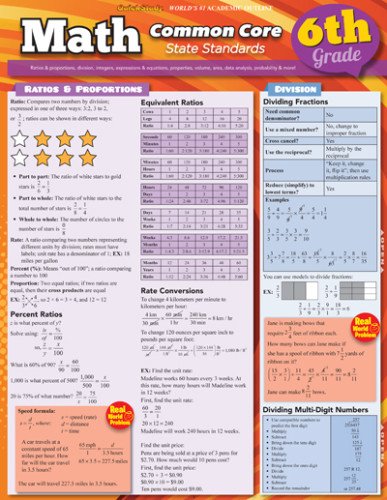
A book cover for Math Common Core 6Th Grade (Quick Study: Academic); Inc. BarCharts; Science & Math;